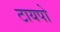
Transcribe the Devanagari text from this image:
टायपो